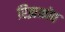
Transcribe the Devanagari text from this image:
रिझकोव